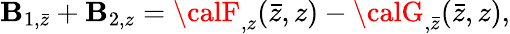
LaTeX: {\cal\mathbf{B}}_{1,\bar{{z}}}+{\cal\mathbf{B}}_{2,z}={\calF}_{,z}(\bar{{z}},z)-{\calG}_{,\bar{{z}}}(\bar{{z}},z),